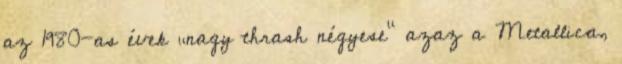
az 1980-as évek „nagy thrash négyese” azaz a Metallica,